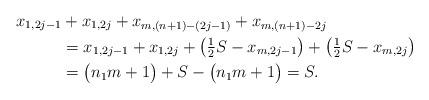
LaTeX: \begin{align*}x_{1,2j-1} &+ x_{1,2j} + x_{m,(n+1)-(2j-1)} + x_{m,(n+1)-2j} \\&= x_{1,2j-1} + x_{1,2j} + \bigl( \tfrac{1}{2} S - x_{m,2j-1} \bigr) + \bigl( \tfrac{1}{2} S - x_{m,2j} \bigr) \\&= \bigl( n_1 m +1 \bigr) + S - \bigl( n_1 m +1 \bigr) =S.\end{align*}